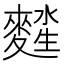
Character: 𪍖